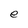
Character: e